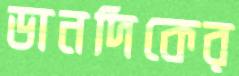
ডানদিকের